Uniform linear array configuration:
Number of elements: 64
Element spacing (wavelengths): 1
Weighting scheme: uniform
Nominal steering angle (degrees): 0
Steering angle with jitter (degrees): -0.3711
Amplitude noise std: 0.05
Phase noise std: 0.05

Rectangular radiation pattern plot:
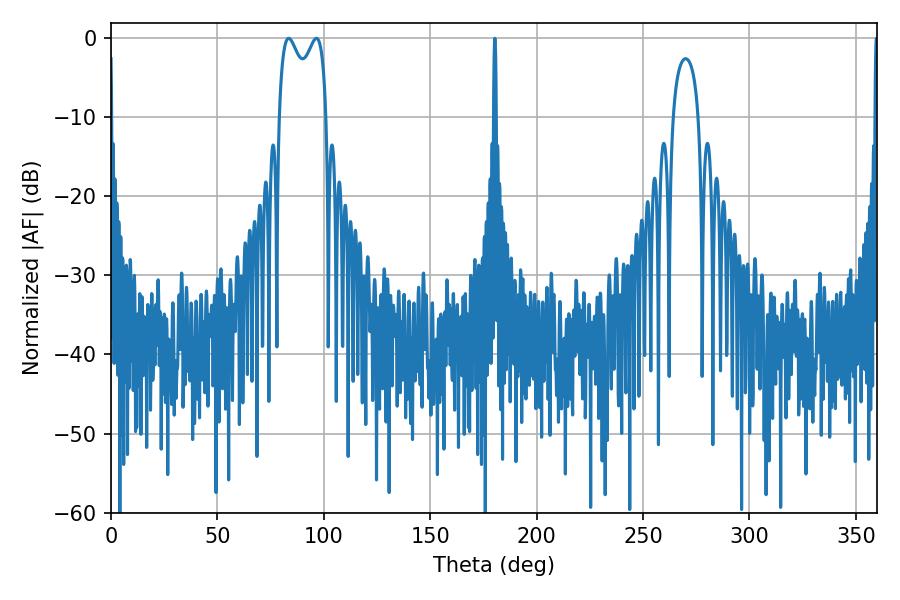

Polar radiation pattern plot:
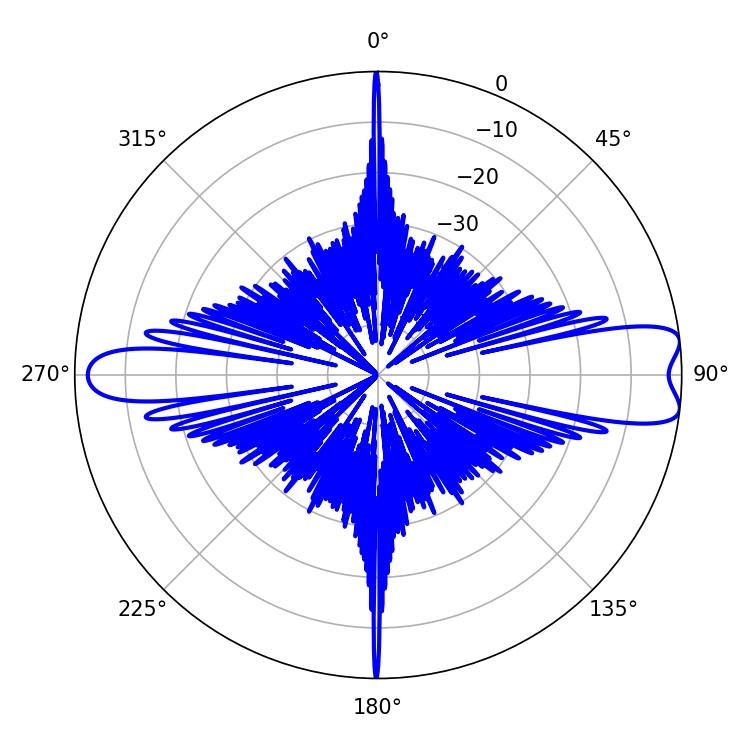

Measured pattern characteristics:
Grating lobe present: TRUE
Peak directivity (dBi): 10.288
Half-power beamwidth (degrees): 18.72
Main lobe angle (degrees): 83.52